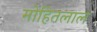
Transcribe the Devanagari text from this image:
मोहितलाल